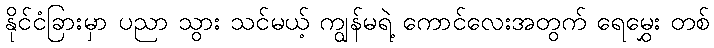
နိုင်ငံခြားမှာ ပညာ သွား သင်မယ့် ကျွန်မရဲ့ ကောင်လေးအတွက် ရေမွှေး တစ်